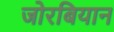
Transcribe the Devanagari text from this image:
जोरबियान